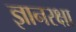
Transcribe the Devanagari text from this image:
ज्ञानरक्षा